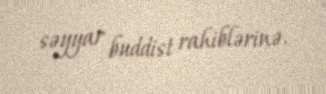
səyyar buddist rahiblərinə.